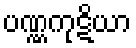
ပဏ္ဏကုဋိယာ